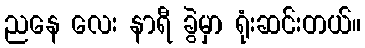
ညနေ လေး နာရီ ခွဲမှာ ရုံးဆင်းတယ်။